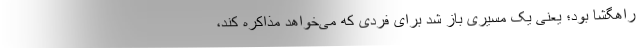
راهگشا بود؛ یعنی یک مسیری باز شد برای فردی که می‌خواهد مذاکره کند،